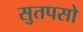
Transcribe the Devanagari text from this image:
सुतपसो